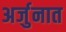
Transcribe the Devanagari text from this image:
अर्जुनात